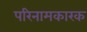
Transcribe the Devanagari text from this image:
परिनामकारक